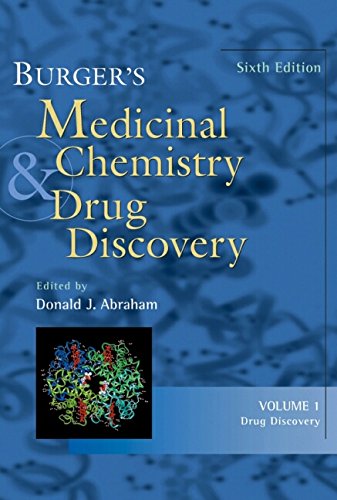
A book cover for Burger's Medicinal Chemistry and Drug Discovery, Drug Discovery (Volume 1); Medical Books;